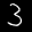
Label: 3